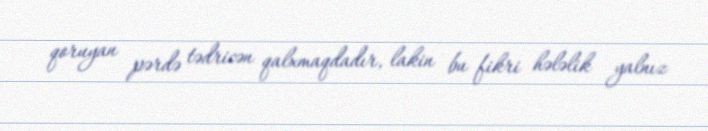
qoruyan pərdə tədricən qalxmaqdadır, lakin bu fikri hələlik yalnız